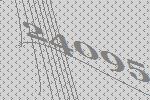
24095